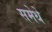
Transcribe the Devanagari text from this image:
समेथे